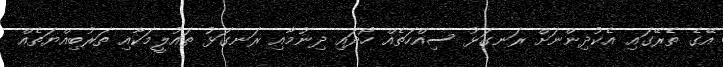
އޭގެ ތެރޭގައި އެކުދިންނަށް ރަނގަޅު ސިއްހަތެއް ހޯދައި ދިނުމާއި ރަނގަޅު ތައުލީމަކާއި ތަރުބިއްޔަތެއް